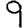
Digit: 9